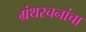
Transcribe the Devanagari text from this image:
ग्रंथरचनांचा